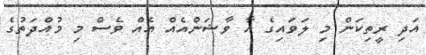
އަދި ރީތިކަން މި ލަވައިގެ އާ ވާޝަންއެއް އެއް ވެސް މި މުއްދަތުގެ